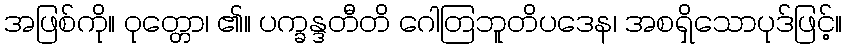
အဖြစ်ကို။ ဝုတ္တော၊ ၏။ ပက္ခန္ဒတီတိ ဂေါတြဘူတိပဒေန၊ အစရှိသောပုဒ်ဖြင့်။